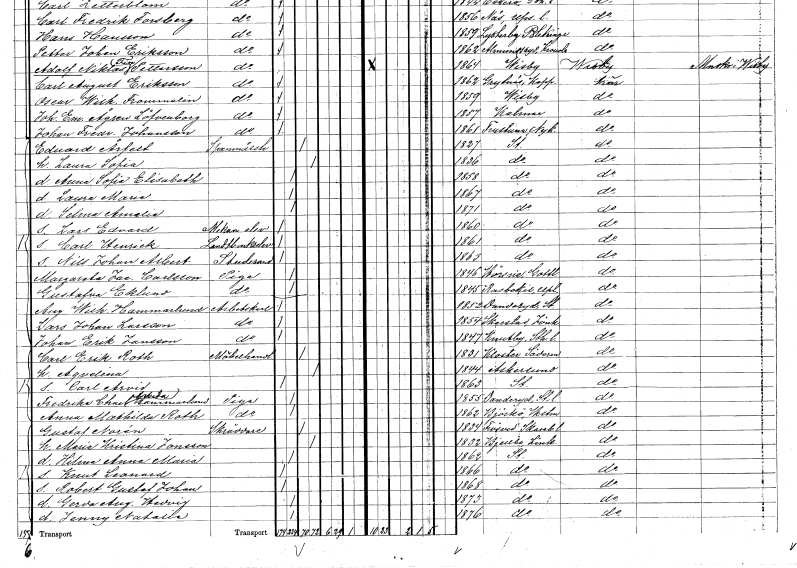
gt_parse: households: individuals: FN: Laura Maria
KON: K
CIV: O
FODAR: 1867
FODFORS: Stockholm
FN: Selma Amalia
KON: K
CIV: O
FODAR: 1871
FODFORS: Stockholm
FN: Lars Edvard
YRKE: Mekan. elev
KON: M
CIV: O
FODAR: 1860
FODFORS: Stockholm
FN: Carl Henrick
YRKE: Lantbrukselev
KON: M
CIV: O
FODAR: 1861
FODFORS: Stockholm
FN: Nils Johan Albert
YRKE: Studerande
KON: M
CIV: O
FODAR: 1863
FODFORS: Stockholm
FN: Margareta Jacobina
EN: Carlsson
YRKE: Piga
KON: K
CIV: O
FODAR: 1846
FODFORS: Hörsne Gotlands län
FN: Gustafva
EN: Eklund
YRKE: Piga
KON: K
CIV: O
FODAR: 1845
FODFORS: Rasbokil Uppsala län
FN: August Wilhelm
EN: Hammarlund
YRKE: Arbetskarl
KON: M
CIV: O
FODAR: 1852
FODFORS: Danderyd Stockholms län
FN: Lars Johan
EN: Larsson
YRKE: Arbetskarl
KON: M
CIV: O
FODAR: 1854
FODFORS: Skarstad Skaraborgs län
FN: Johan Erik
EN: Jansson
YRKE: Arbetskarl
KON: M
CIV: O
FODAR: 1847
FODFORS: Knutby Uppsala län
FN: Carl Erik
EN: Roth
YRKE: Möbelhandlare
KON: M
CIV: G
FODAR: 1831
FODFORS: Kloster Södermanlands län
FN: Aqvelina
KON: K
CIV: G
FODAR: 1844
FODFORS: Askersund Örebro län
FN: Carl Arvid
KON: M
CIV: O
FODAR: 1863
FODFORS: Stockholm
FN: Fredrika Charlotta Arvida
EN: Hammarlund
YRKE: Piga
KON: K
CIV: O
FODAR: 1855
FODFORS: Danderyd Stockholms län
FN: Anna Mathilda
EN: Roth
YRKE: Piga
KON: K
CIV: O
FODAR: 1862
FODFORS: Björkö Jönköpings län
FN: Gustaf
EN: Norén
YRKE: Skräddare
KON: M
CIV: G
FODAR: 1834
FODFORS: Frösve Skaraborgs län
FN: Maria Kristina
EN: Jonsson
KON: K
CIV: G
FODAR: 1832
FODFORS: Bjälbo Östergötlands län
FN: Hilma Anna Maria
KON: K
CIV: O
FODAR: 1862
FODFORS: Stockholm
FN: Knut Leonard
KON: M
CIV: O
FODAR: 1866
FODFORS: Stockholm
FN: Robert Gustaf Johan
KON: M
CIV: O
FODAR: 1868
FODFORS: Stockholm
FN: Gerda Augusta Hedvig
KON: K
CIV: O
FODAR: 1873
FODFORS: Stockholm
FN: Jenny Natalia
KON: K
CIV: O
FODAR: 1876
FODFORS: Stockholm